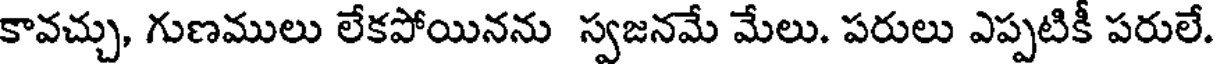
కావచ్చు, గుణములు లేకపోయినను స్వజనమే మేలు. పరులు ఎప్పటికీ పరులే.